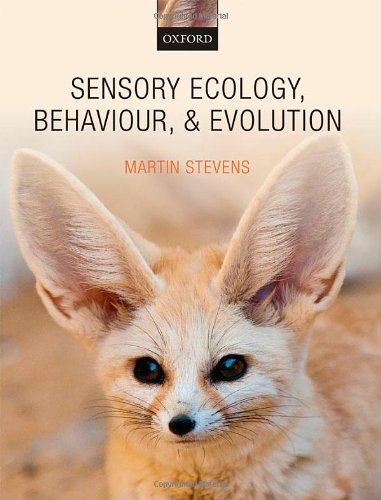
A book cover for Sensory Ecology, Behaviour, and Evolution; Martin Stevens; Politics & Social Sciences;